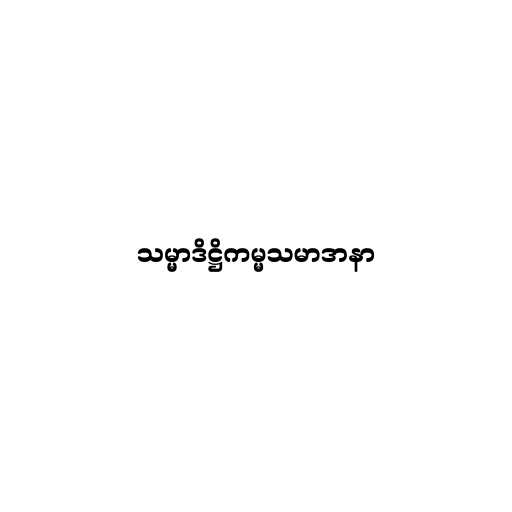
သမ္မာဒိဋ္ဌိကမ္မသမာဒာနာ